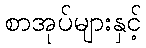
စာအုပ်များနှင့်